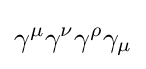
\gamma ^{\mu }\gamma ^{\nu }\gamma ^{\rho }\gamma _{\mu }